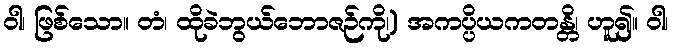
ဝါ၊ ဖြစ်သော။ တံ၊ ထိုခဲဘွယ်ဘောဇဉ်ကို၊) အကပ္ပိယကတန္တိ၊ ဟူ၍။ ဝါ၊